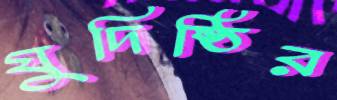
যুদিষ্ঠির